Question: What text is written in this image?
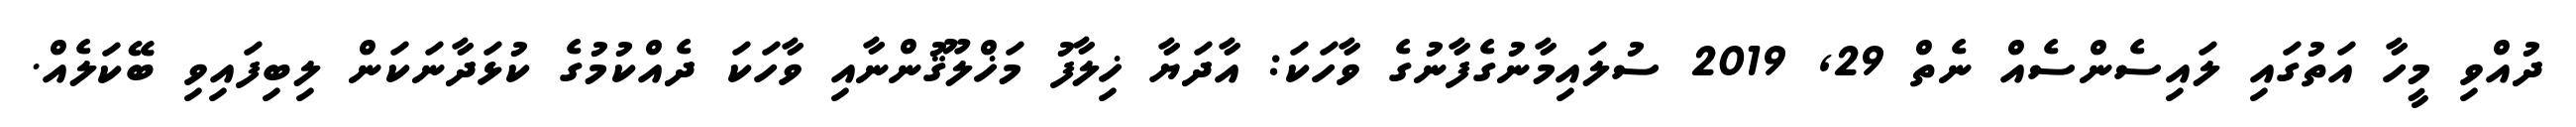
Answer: ދުއްވި މީހާ އަތުގައި ލައިސެންސެއް ނެތް 29, 2019 ސުލައިމާނުގެފާނުގެ ވާހަކަ: އާދަޔާ ޚިލާފު މަޚްލޫޤުންނާއި ވާހަކަ ދެއްކުމުގެ ކުޅަދާނަކަން ލިބިފައިވި ބޭކަލެއް.